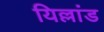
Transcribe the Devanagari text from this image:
यिल्लांड